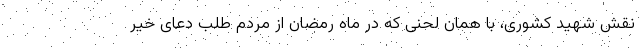
نقش شهید کشوری، با همان لحنی که در ماه رمضان از مردم طلب دعای خیر